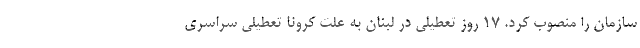
سازمان را منصوب کرد. ۱۷ روز تعطیلی در لبنان به علت کرونا تعطیلی سراسری